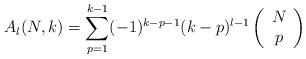
LaTeX: \begin{align*}A_l(N,k) = \sum_{p=1}^{k-1}(-1)^{k-p-1}(k-p)^{l-1}\left(\begin{array}{c}N \\p\end{array}\right) \end{align*}